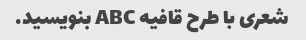
شعری با طرح قافیه ABC بنویسید.